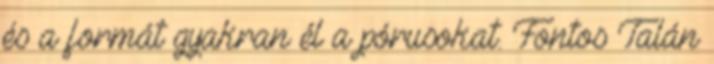
és a formát gyakran él a pórusokat. Fontos Talán